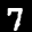
Label: 7